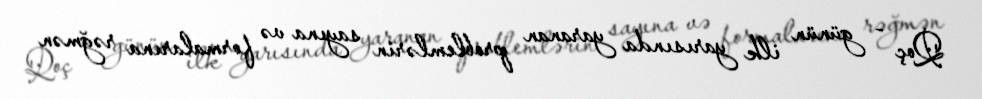
Qoç - günün ilk yarısında yaranan problemlərin sayına və formalarına rəğmən